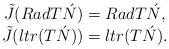
LaTeX: \begin{align*}\begin{array}{c}\tilde{J}(RadT\acute{N})=RadT\acute{N}, \\ \tilde{J}(ltr(T\acute{N}))=ltr(T\acute{N}).\end{array}\end{align*}